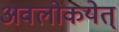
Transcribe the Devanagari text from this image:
अवलोकयेत्